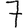
Digit: 7